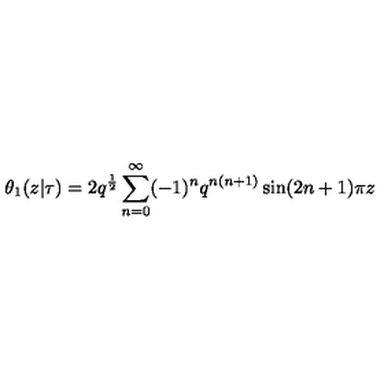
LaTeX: \theta _ { 1 } ( z | \tau ) = 2 q ^ { \frac { 1 } { 2 } } \sum _ { n = 0 } ^ { \infty } ( - 1 ) ^ { n } q ^ { n ( n + 1 ) } \sin ( 2 n + 1 ) \pi z